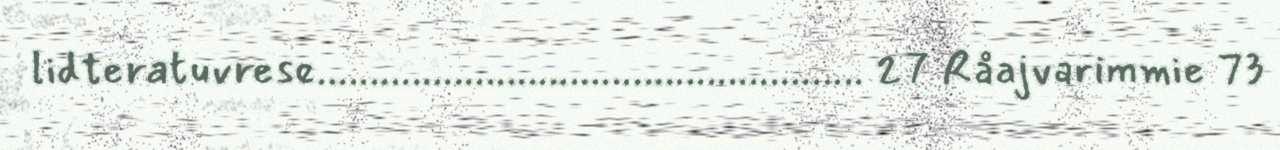
lidteratuvrese.................................................... 27 Råajvarimmie 73